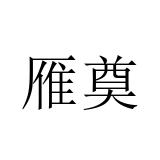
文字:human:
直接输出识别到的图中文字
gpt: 雁奠